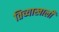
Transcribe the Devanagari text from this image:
तिच्याखाली